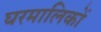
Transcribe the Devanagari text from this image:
घरमालिकों